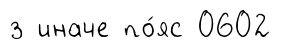
з иначе по́яс 0602